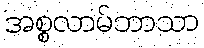
အစ္စလာမ်ဘာသာ